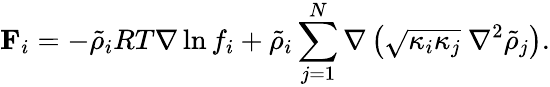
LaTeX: \mathbf{F}_{i}=-\tilde{\rho}_{i}RT\nabla\ln{f_{i}}+\tilde{\rho}_{i}\sum_{j=1}^{N}\nabla\left(\sqrt{\kappa_{i}\kappa_{j}}\ \nabla^{2}\tilde{\rho}_{j}\right).